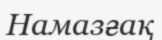
Намазғақ